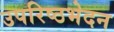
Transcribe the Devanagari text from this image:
उपरिष्ठभेदन